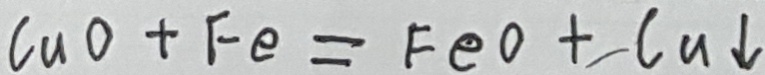
C u O + F e = F e O + C u \downarrow